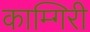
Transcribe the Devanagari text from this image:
काम्गिरी